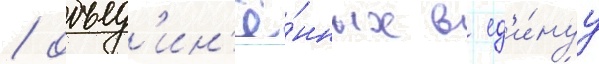
/ объед'ин'ё́нных в ед'и́нуу